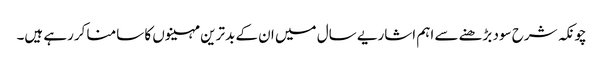
چونکہ شرح سود بڑھنے سے اہم اشاریے سال میں ان کے بدترین مہینوں کا سامنا کررہے ہیں۔